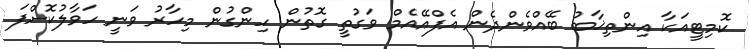
ކޮމިޓީއަކާ އިންތިޚާބު ބޭއްވެންދެން އެފްއޭއެމް ވަގުތީ ގޮތުން ހިންގުން މިހާރު ވަނީ ހަވާލުކޮށްފަ